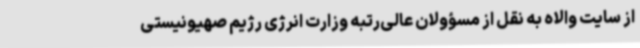
از سایت والاه به نقل از مسؤولان عالی‌رتبه وزارت انرژی رژیم صهیونیستی